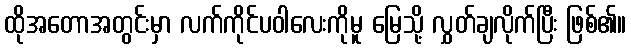
ထိုအတောအတွင်းမှာ လက်ကိုင်ပဝါလေးကိုမူ မြေသို့ လွှတ်ချလိုက်ပြီး ဖြစ်၏။